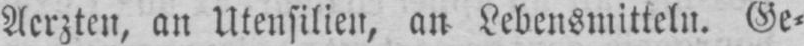
Aerzten, an Utensilien, an Lebensmitteln. Ge⸗